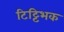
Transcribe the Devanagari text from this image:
टिट्टिभक